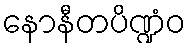
နောနီတပိဏ္ဍံဝ